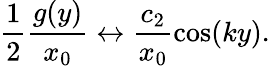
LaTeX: \frac{1}{2}\frac{g(y)}{x_{0}}\leftrightarrow\frac{c_{2}}{x_{0}}\cos(ky).